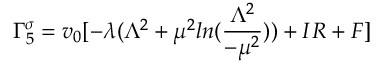
\Gamma _ { 5 } ^ { \sigma } = v _ { 0 } [ - \lambda ( \Lambda ^ { 2 } + \mu ^ { 2 } l n ( \frac { \Lambda ^ { 2 } } { - \mu ^ { 2 } } ) ) + I R + F ]